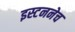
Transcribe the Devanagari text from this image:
इस्टननेच